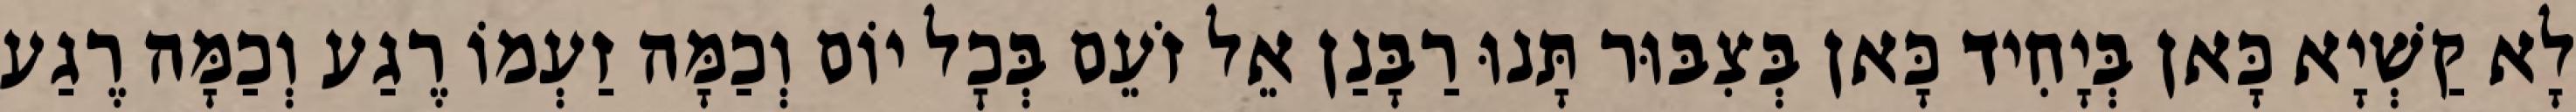
לָא קַשְׁיָא כָּאן בְּיָחִיד כָּאן בְּצִבּוּר תָּנוּ רַבָּנַן אֵל זֹעֵם בְּכׇל יוֹם וְכַמָּה זַעְמוֹ רֶגַע וְכַמָּה רֶגַע